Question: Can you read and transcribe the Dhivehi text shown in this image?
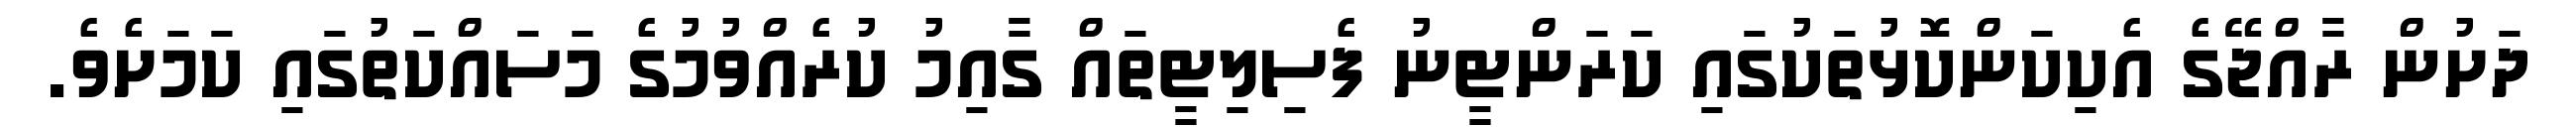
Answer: ދަށުން ރާއްޖޭގެ އެކިކަންކޮޅުތަކުގައި ކަރަންޓީނު ފެސިލިޓީތައް ގާއިމު ކުރެއްވުމުގެ މަސައްކަތުގައި ކަމަށެވެ.